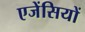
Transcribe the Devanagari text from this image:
एजेंसियों